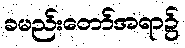
ခမည်းတော်အရာ၌